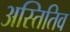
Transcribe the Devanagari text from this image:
अस्तितिव